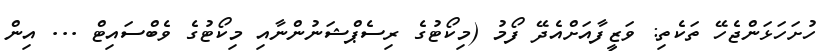
ހުށަހަޅަންޖެހޭ ތަކެތި: ވަޒީފާއަށްއެދޭ ފޯމު (މިކޯޓުގެ ރިސެޕްޝަނުންނާއި މިކޯޓުގެ ވެބްސައިޓް ... އިން